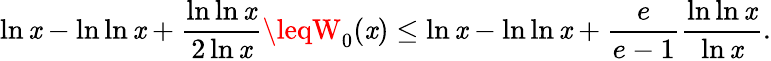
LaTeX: \ln\mathit{x}-\ln\ln\mathit{x}+{\frac{{\ln\ln\mathit{x}}}{{2\ln\mathit{x}}}}\leqW_{0}(\mathit{x})\leq\ln\mathit{x}-\ln\ln\mathit{x}+{\frac{{e}}{{e-1}}}{\frac{{\ln\ln\mathit{x}}}{{\ln\mathit{x}}}}.